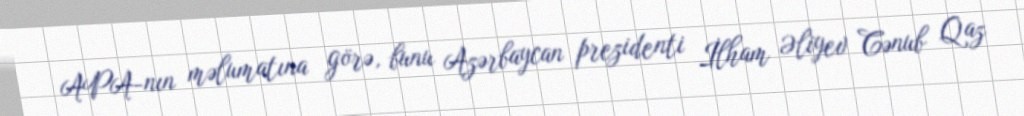
APA-nın məlumatına görə, bunu Azərbaycan prezidenti İlham Əliyev Cənub Qaz